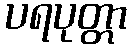
ပရပုတ္တာ